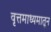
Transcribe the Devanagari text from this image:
वृत्तमाध्यमातून